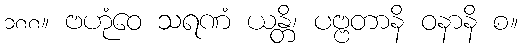
၁၈၈။ ဗဟုံဝေ သရဏံ ယန္တိ၊ ပဗ္ဗတာနိ ဝနာနိ စ။